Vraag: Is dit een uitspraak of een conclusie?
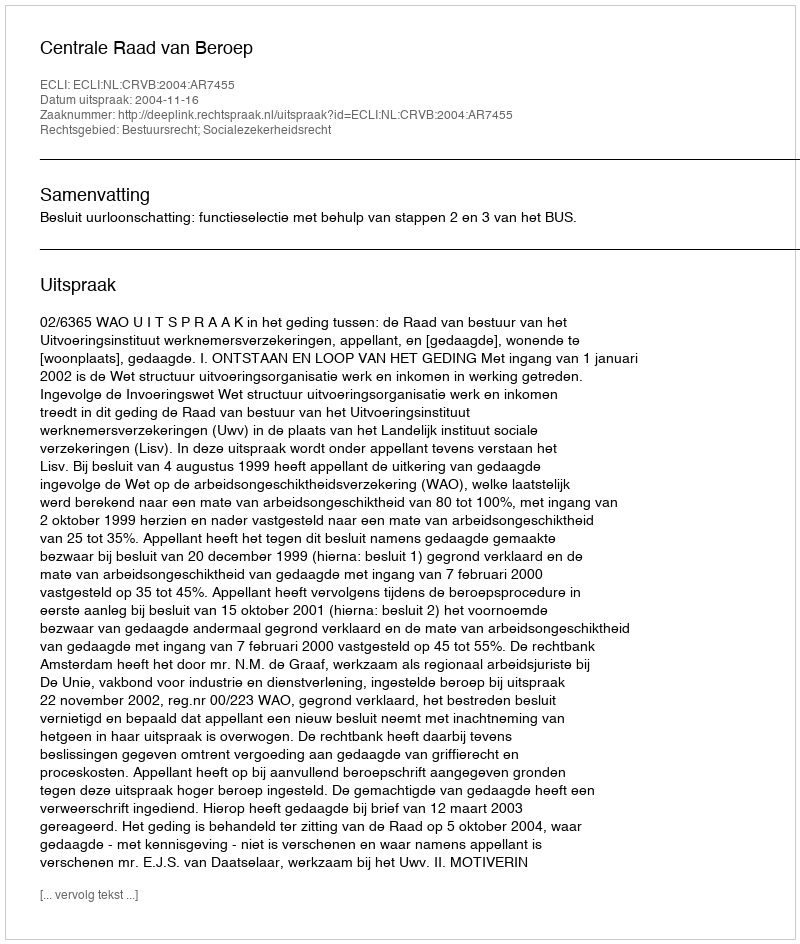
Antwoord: Uitspraak